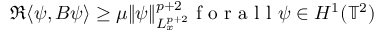
\Re \langle \psi , B \psi \rangle \ge \mu \lVert \psi \rVert _ { L _ { x } ^ { p + 2 } } ^ { p + 2 } \mathrm { ~ f ~ o ~ r ~ a ~ l ~ l ~ } \psi \in H ^ { 1 } ( \mathbb { T } ^ { 2 } )